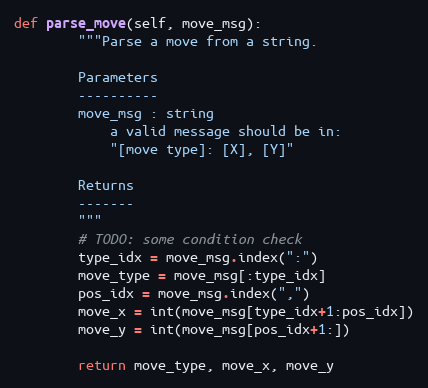
Language: Python
def parse_move(self, move_msg):
        """Parse a move from a string.

        Parameters
        ----------
        move_msg : string
            a valid message should be in:
            "[move type]: [X], [Y]"

        Returns
        -------
        """
        # TODO: some condition check
        type_idx = move_msg.index(":")
        move_type = move_msg[:type_idx]
        pos_idx = move_msg.index(",")
        move_x = int(move_msg[type_idx+1:pos_idx])
        move_y = int(move_msg[pos_idx+1:])

        return move_type, move_x, move_y